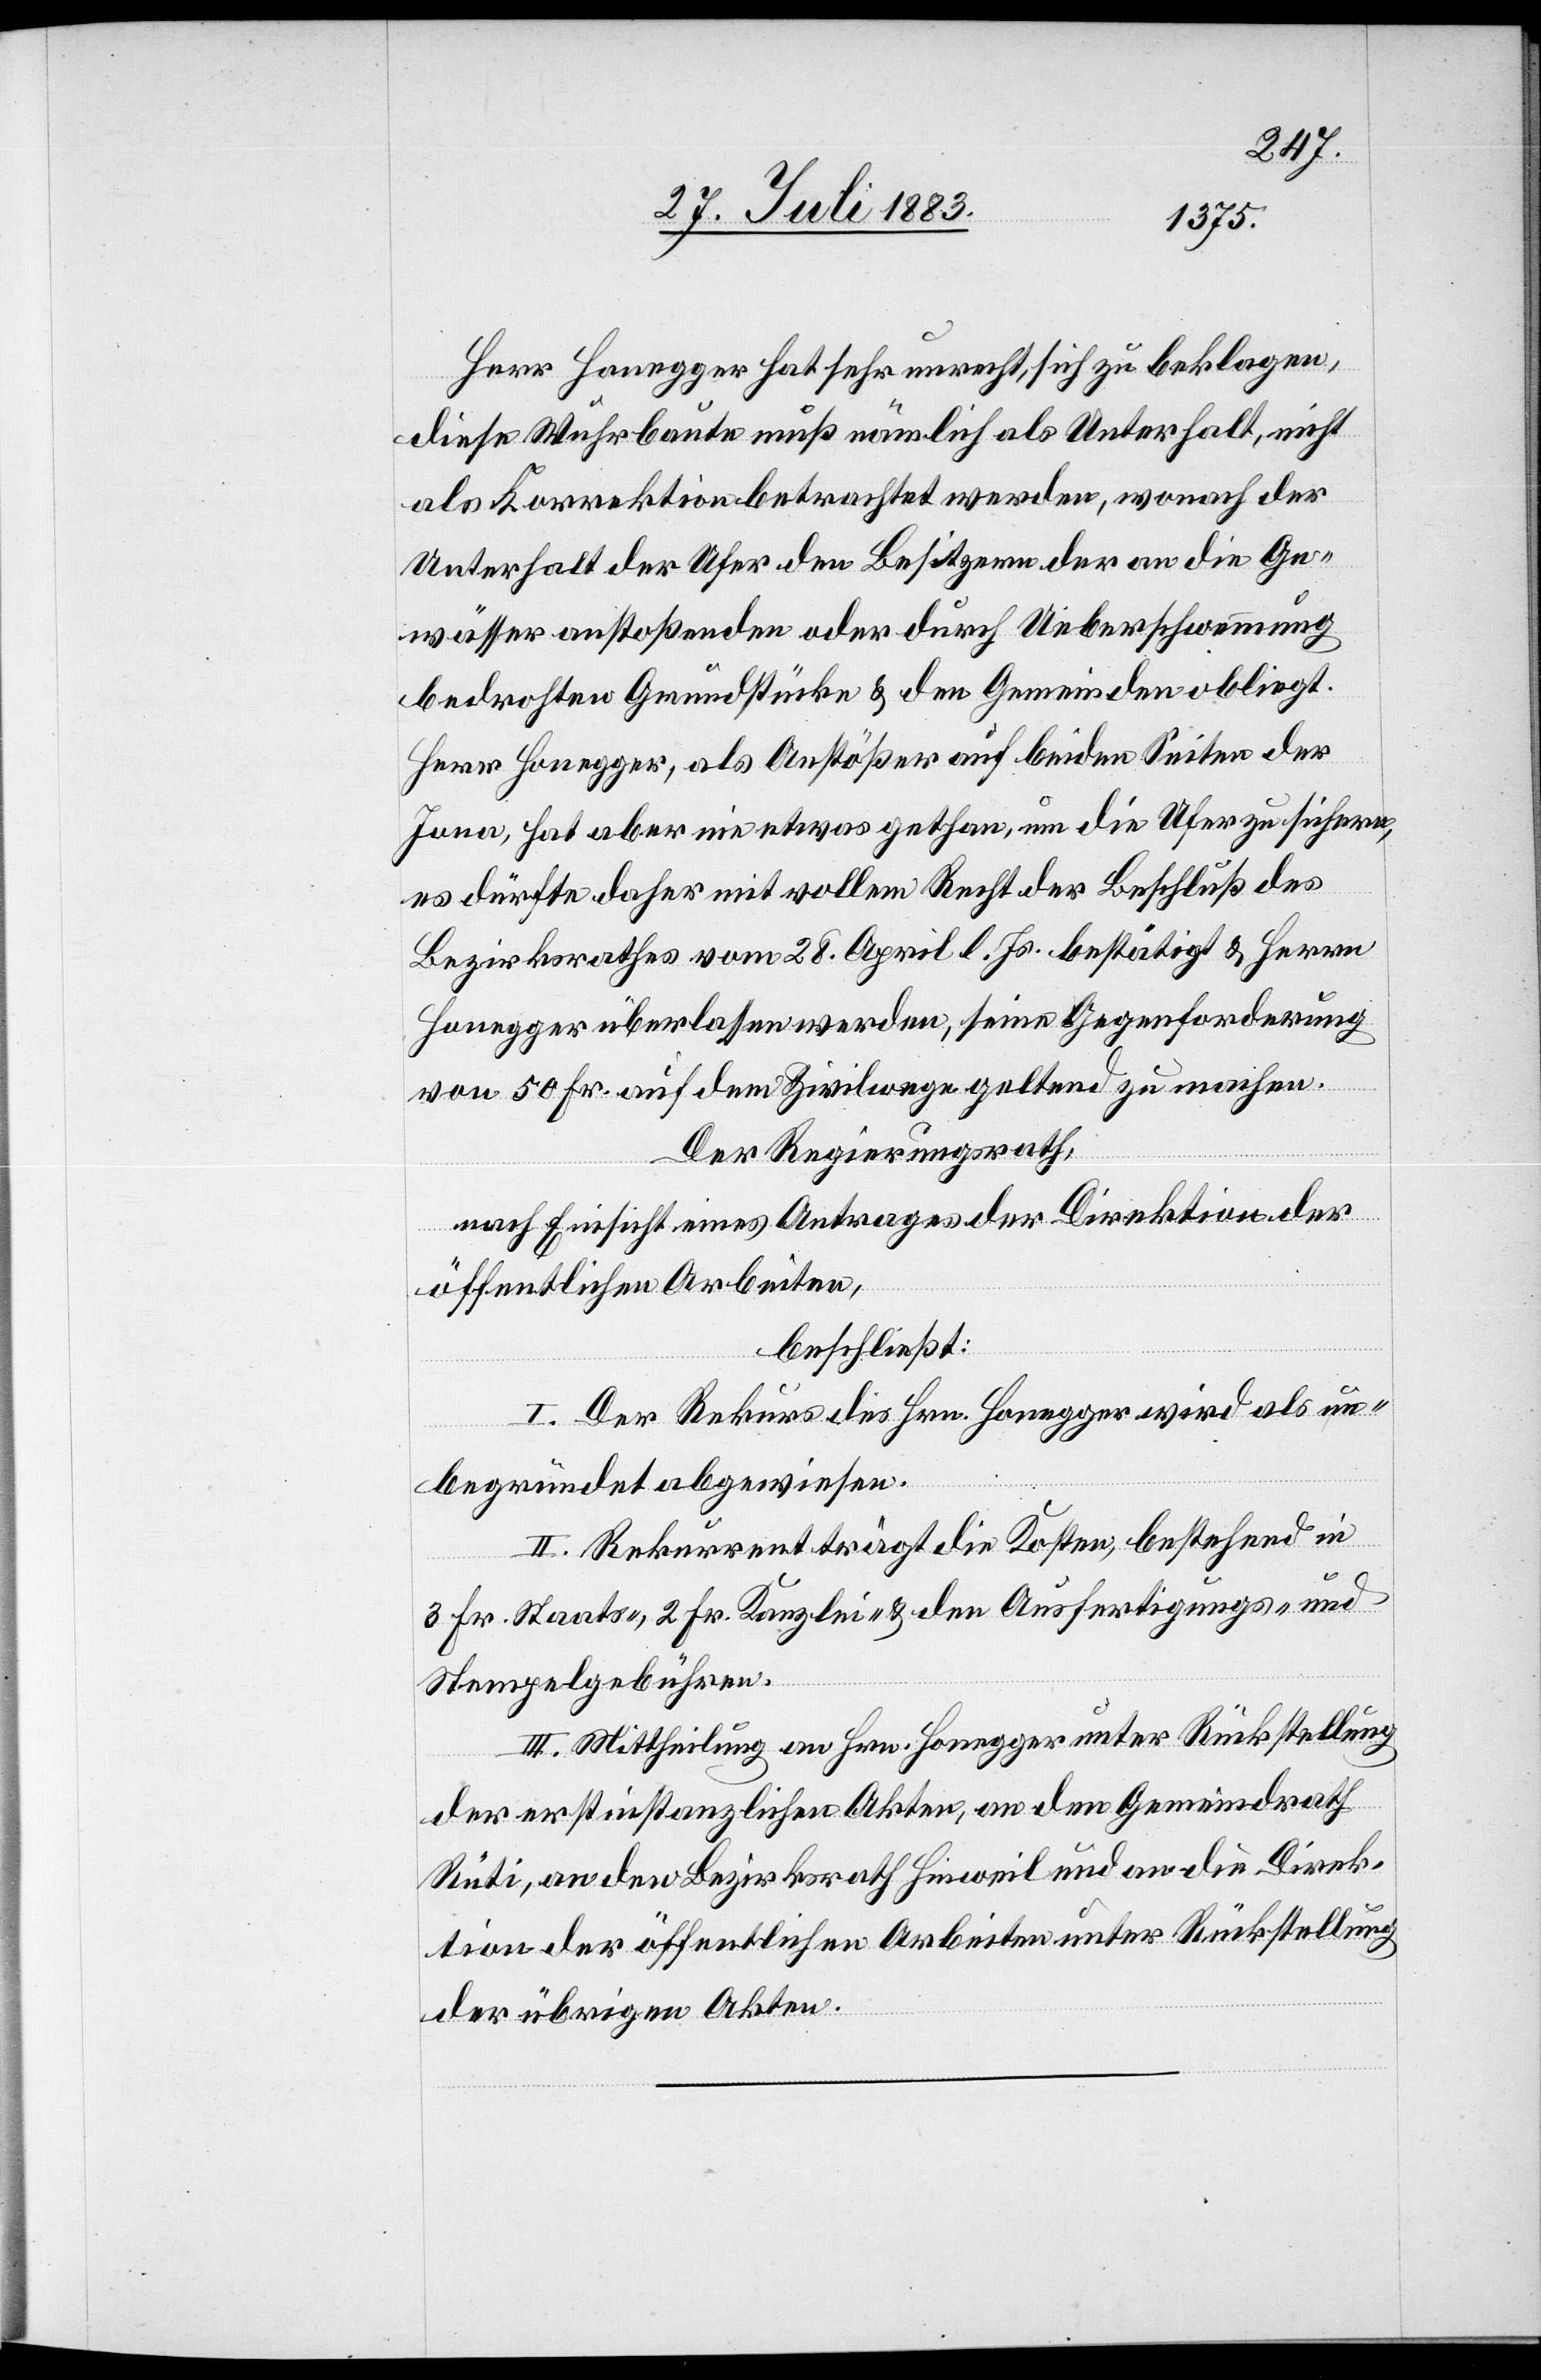
Herr Honegger hat sehr unrecht, sich zu beklagen,
diese Wuhrbaute muß nämlich als Unterhalt, nicht
als Korrektion betrachtet werden, wonach der
Unterhalt der Ufer den Besitzern der an die Ge¬
wässer anstoßenden oder durch Ueberschwemmung
bedrohten Grundstücke & den Gemeinden obliegt.
Herr Honegger, als Anstößer auf beiden Seiten der
Jona, hat aber nie etwas gethan, um die Ufer zu sichern,
es dürfte daher mit vollem Recht der Beschluß des
Bezirksrathes vom 28. April l. Js. bestätigt & Herrn
Honegger überlassen werden, seine Gegenforderung
von 50 Fr. auf dem Zivilwege geltend zu machen.
Der Regierungsrath,
nach Einsicht eines Antrages der Direktion der
öffentlichen Arbeiten,
beschließt:
I. Der Rekurs des Hrn. Honegger wird als un¬
begründet abgewiesen.
II. Rekurrent trägt die Kosten, bestehend in
3 Fr. Staats-, 2 Fr. Kanzlei- & den Ausfertigungs- und
Stempelgebühren.
III. Mittheilung an Hrn. Honegger unter Rücksendung
der erstinstanzlichen Akten, an den Gemeindrath
Rüti, an den Bezirksrath Hinweil und an die Direk¬
tion der öffentlichen Arbeiten unter Rückstellung
der übrigen Akten.